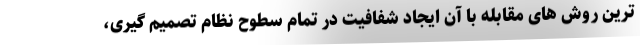
ترین روش های مقابله با آن ایجاد شفافیت در تمام سطوح نظام تصمیم گیری،